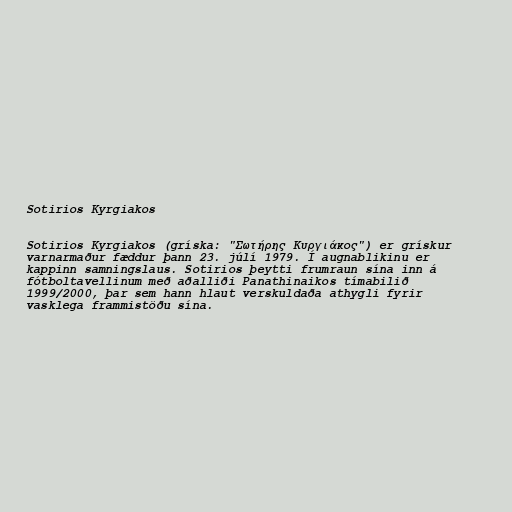
Sotirios Kyrgiakos

Sotirios Kyrgiakos (gríska: "Σωτήρης Κυργιάκος") er grískur
varnarmaður fæddur þann 23. júlí 1979. Í augnablikinu er
kappinn samningslaus. Sotirios þeytti frumraun sína inn á
fótboltavellinum með aðalliði Panathinaikos tímabilið
1999/2000, þar sem hann hlaut verskuldaða athygli fyrir
vasklega frammistöðu sína.